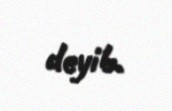
deyib.